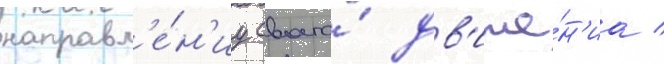
направл'е́н'иу своего́ дв'иже́н'иа /